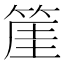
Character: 𥯅